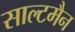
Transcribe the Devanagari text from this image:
साल्टमैन